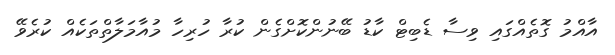
އާއްމު ގޮތެއްގައި ވިސާ ޑެބިޓް ކާޑު ބޭނުންކޮށްގެން ކުރާ ހުރިހާ މުއާމަލާތްތަކެއް ކުރެވޭ